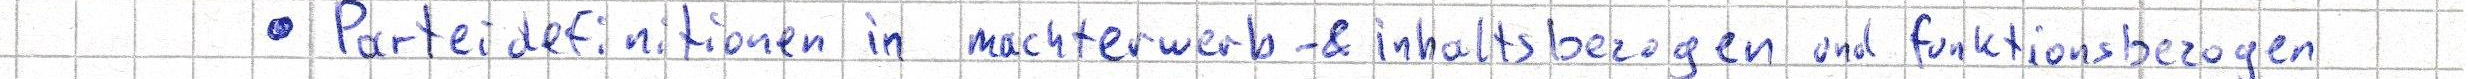
- Parteidefinitionen in machterwerb- & inhaltsbezogen und funktionsbezogen